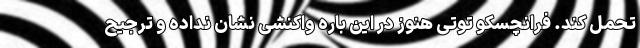
تحمل کند. فرانچسکو توتی هنوز در این باره واکنشی نشان نداده و ترجیح